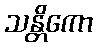
သန္တိကော